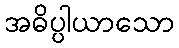
အဓိပ္ပါယာသော